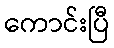
ကောင်းပြီ